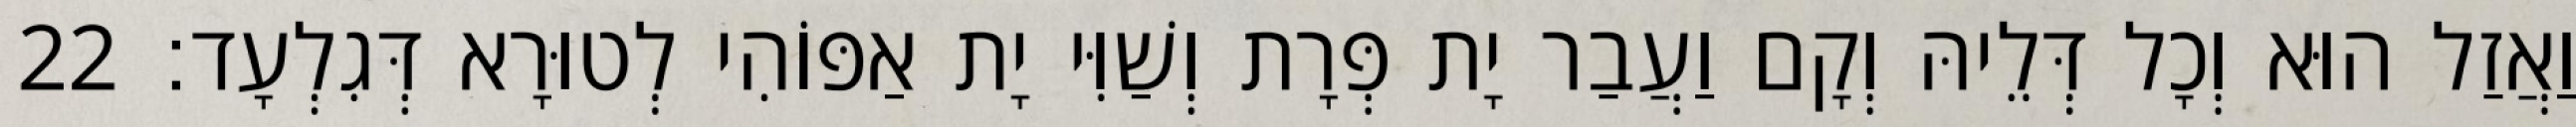
וַאֲזַל הוּא וְכָל דְּלֵיהּ וְקָם וַעֲבַר יָת פְּרָת וְשַׁוִּי יָת אַפּוֹהִי לְטוּרָא דְּגִלְעָד׃ 22